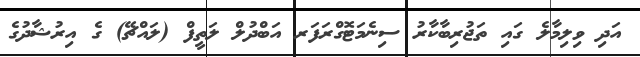
އަދި ވިލިމާލެ ގައި ތަޖުރިބާކާރު ސިނެމަޓޮގްރަފަރ އަބްދުލް ލަތީފް (ލައްޗޭ) ގެ އިރުޝާދުގެ